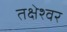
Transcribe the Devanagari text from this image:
तक्षेश्वर